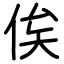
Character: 俟